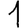
Digit: 1